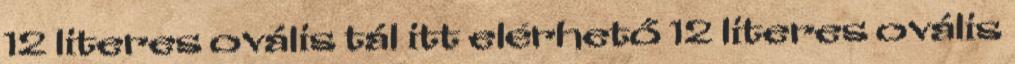
12 literes ovális tál itt elérhető 12 literes ovális